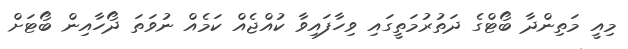
މިއީ މަތިންދާ ބޯޓްގެ ދަތުރުމަތީގައި ވިހާފައިވާ ކުއްޖެއް ކަމެއް ނުވަތަ ދޯހާއިން ބޯޓަށް